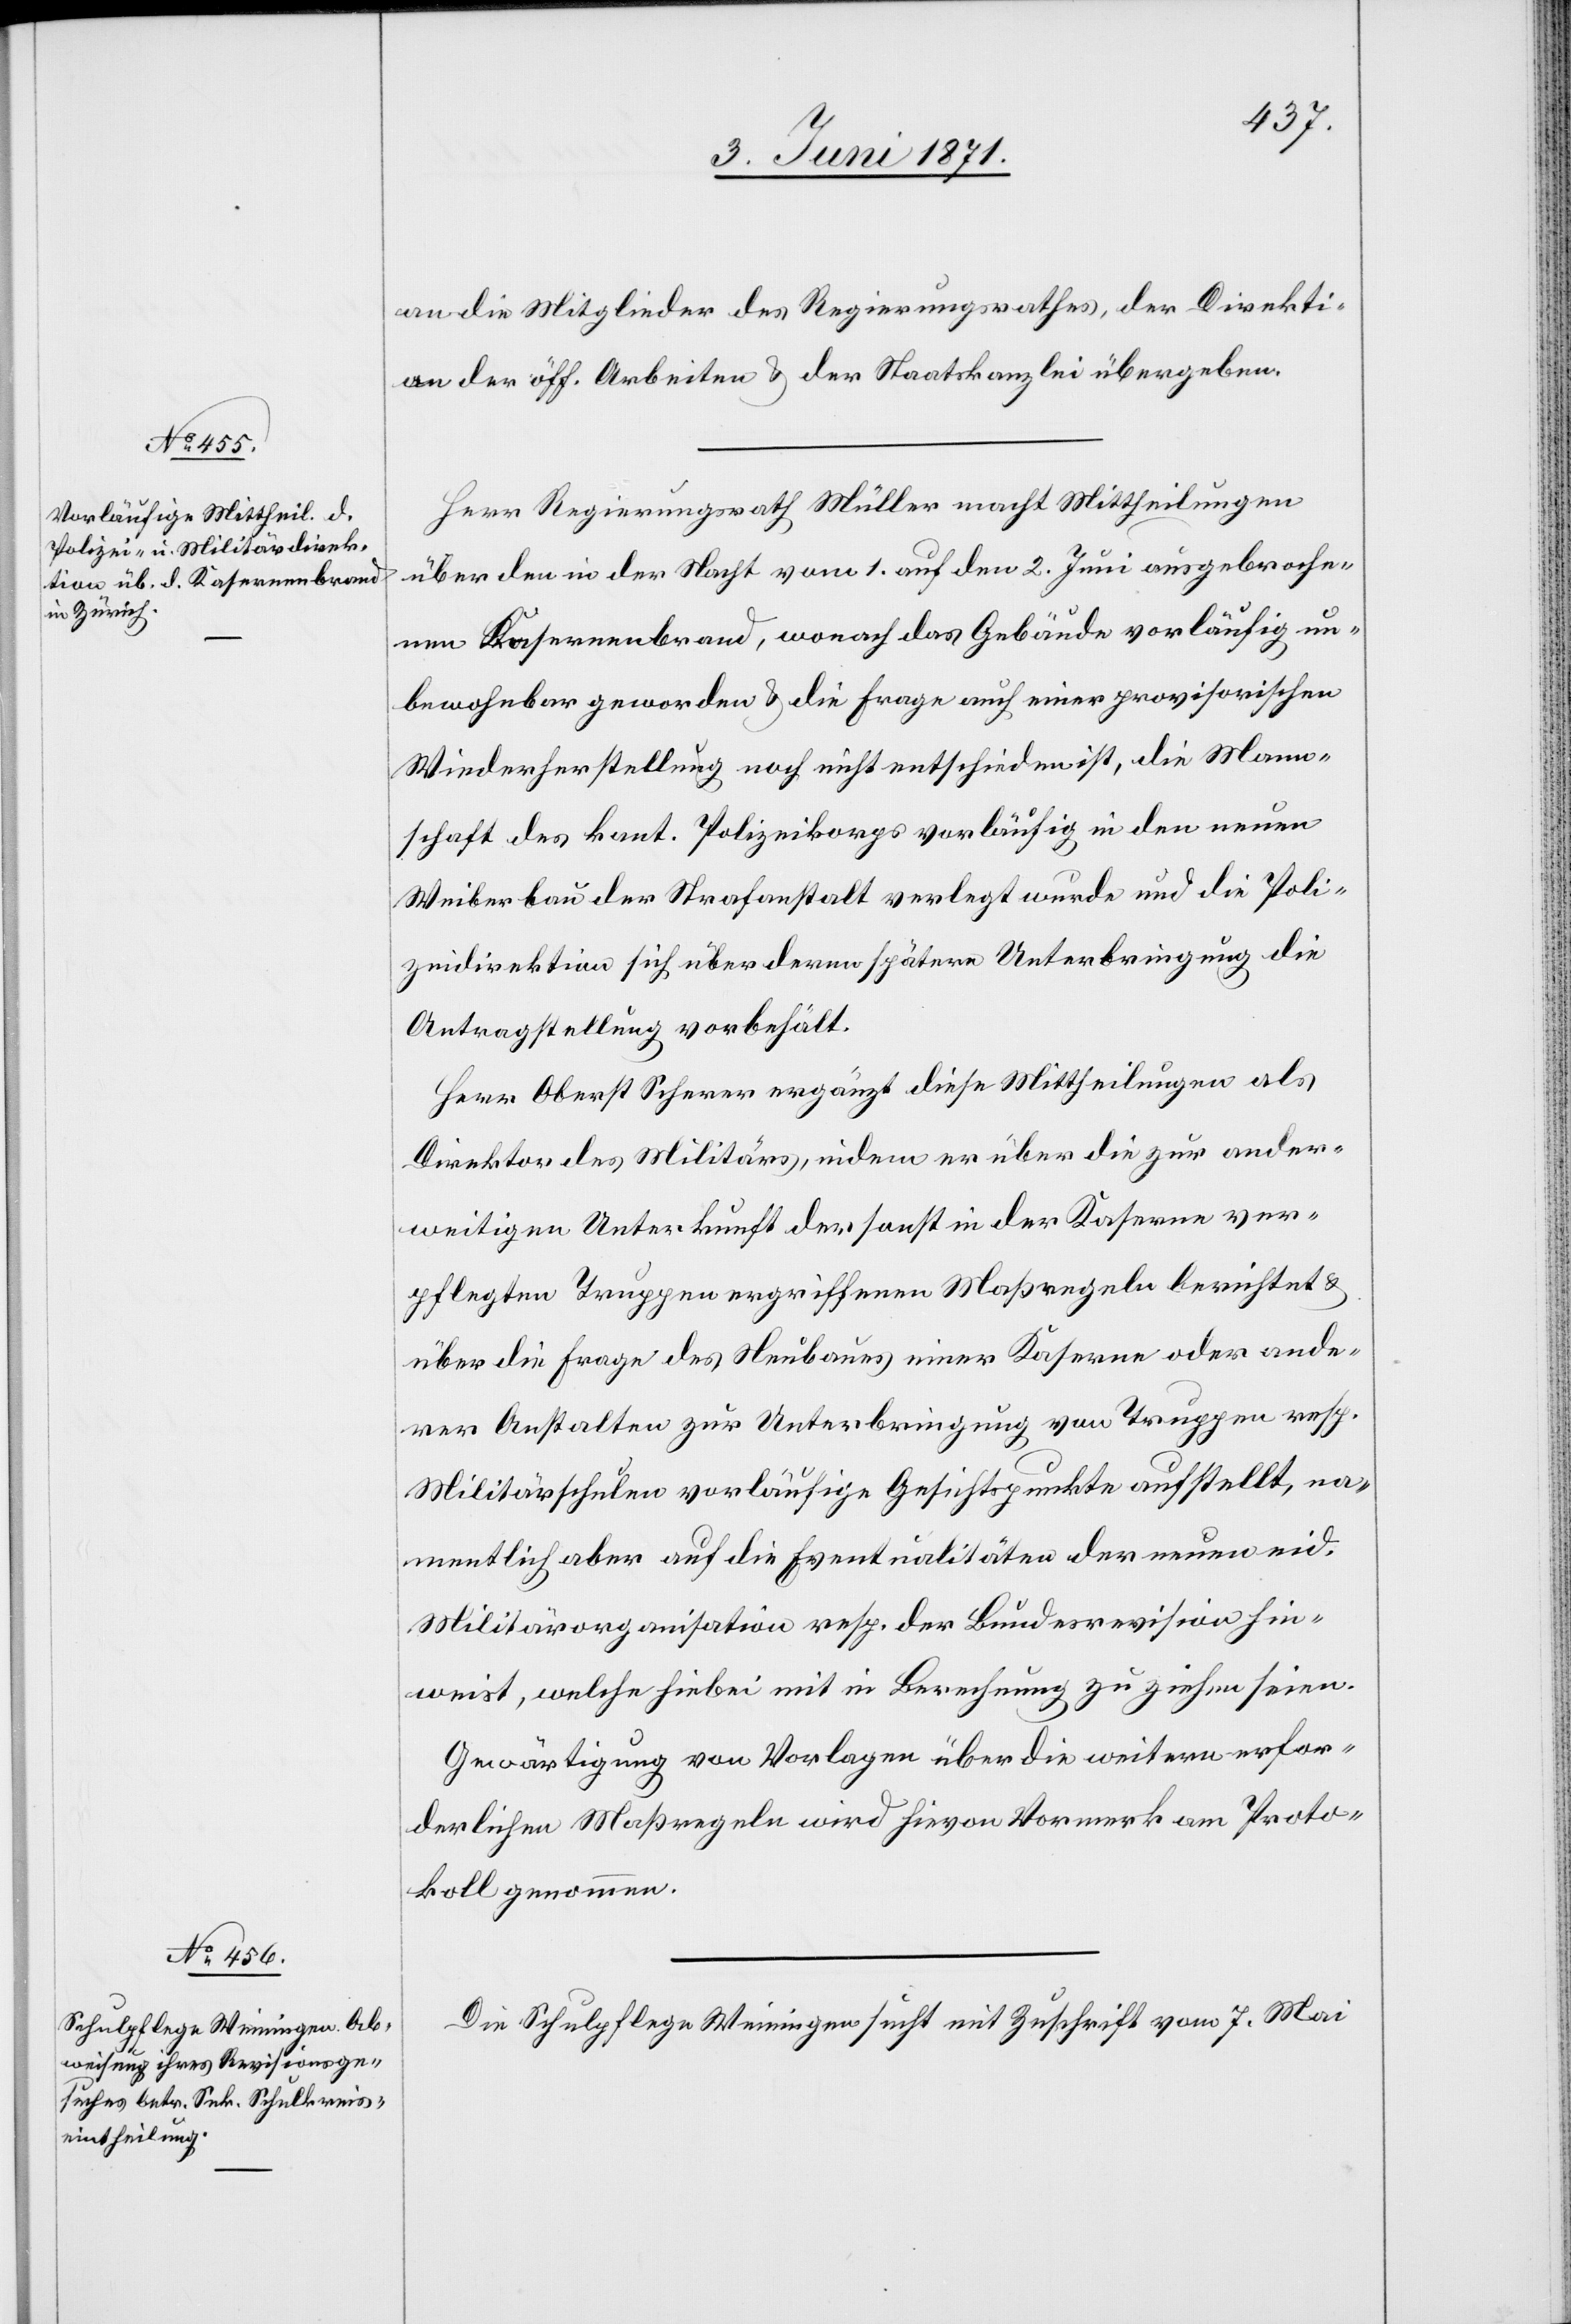
an die Mitglieder des Regierungsrathes, der Direkti¬
on der öff. Arbeiten u. der Staatskanzlei übergeben.
Herr Regierungsrath Müller macht Mittheilungen
über den in der Nacht vom 1. auf den 2. Juni ausgebroche¬
nen Kasernenbrand, wonach das Gebäude vorläufig un¬
bewohnbar geworden u. die Frage auch [sic!] einer provisorischen
Wiederherstellung noch nicht entschieden ist, die Mann¬
schaft des kant. Polizeikorps vorläufig in den neuen
Weiberbau der Strafanstalt verlegt wurde und die Poli¬
zeidirektion sich über deren spätere Unterbringung die
Antragstellung vorbehält.
Herr Oberst Scherer ergänzt diese Mittheilungen als
Direktor des Militärs, indem er über die zur ander¬
weitigen Unterkunft der sonst in der Kaserne ver¬
pflegten Truppen ergriffenen Maßregeln berichtet u.
über die Frage des Neubaues einer Kaserne oder ande¬
rer Anstalten zur Unterbringung von Truppen resp.
Militärschulen vorläufige Gesichtspunkte aufstellt, na¬
mentlich aber auf die Eventualitäten der neuen eid.
Militärorganisation resp. der Bundesrevision hin¬
weist, welche hiebei mit in Berechnung zu ziehen seien.
Gewärtigung von Vorlagen über die weitern erfor¬
derlichen Maßregeln wird hievon Vormerk am Proto¬
koll genommen
Die Schulpflege Weiningen sucht mit Zuschrift vom 7. Mai